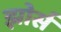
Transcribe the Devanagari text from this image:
झोर्स